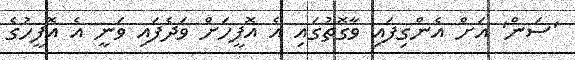
'ސަން' އަށް އެންގިފައި ވާގޮތުގައި އެ އޮފީހަށް ވަދެފައި ވަނީ އެ އޮފީހުގެ